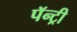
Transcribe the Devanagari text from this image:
पॅन्ट्री